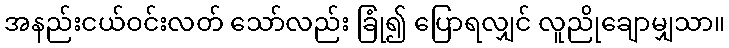
အနည်းငယ်ဝင်းလတ် သော်လည်း ခြုံ၍ ပြောရလျှင် လူညိုချောမျှသာ။